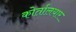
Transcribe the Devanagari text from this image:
कोर्तालयार